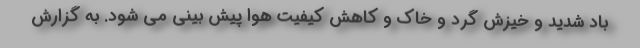
باد شدید و خیزش گرد و خاک و کاهش کیفیت هوا پیش بینی می شود. به گزارش